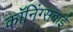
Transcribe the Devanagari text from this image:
कॉनिंग्सबाई